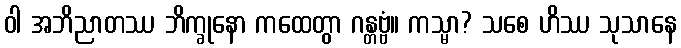
ဝါ အဘိညာတဿ ဘိက္ခုနော ကထေတွာ ဂန္တဗ္ဗံ။ ကသ္မာ? သစေ ဟိဿ သုသာနေ